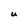
Character: U